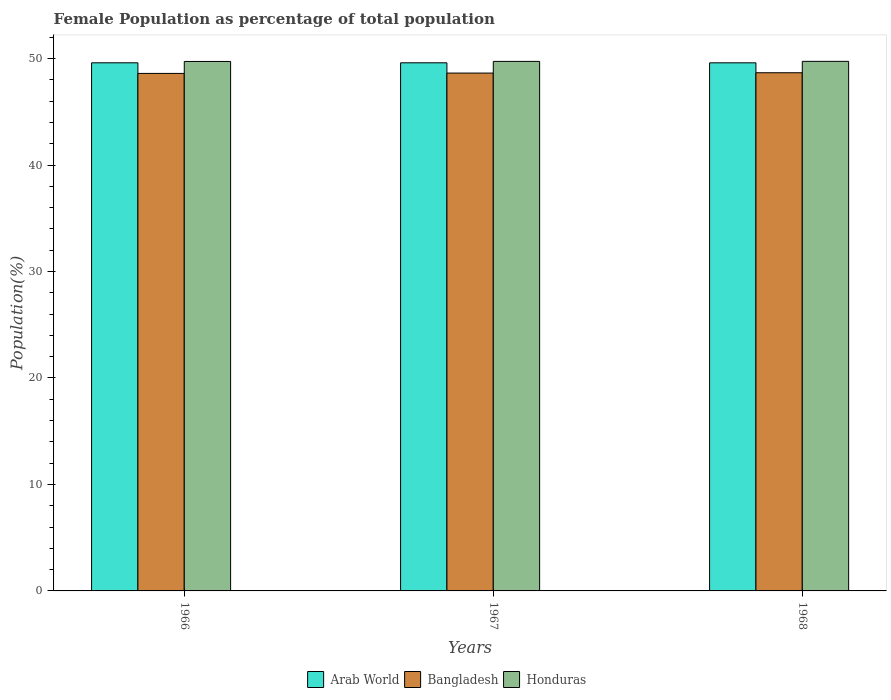
| Years | Arab World | Bangladesh | Honduras |
 | --- | --- | --- | --- |
 | 1966 | 49.6 | 48.6 | 49.7 |
 | 1967 | 49.6 | 48.6 | 49.7 |
 | 1968 | 49.6 | 48.7 | 49.7 |